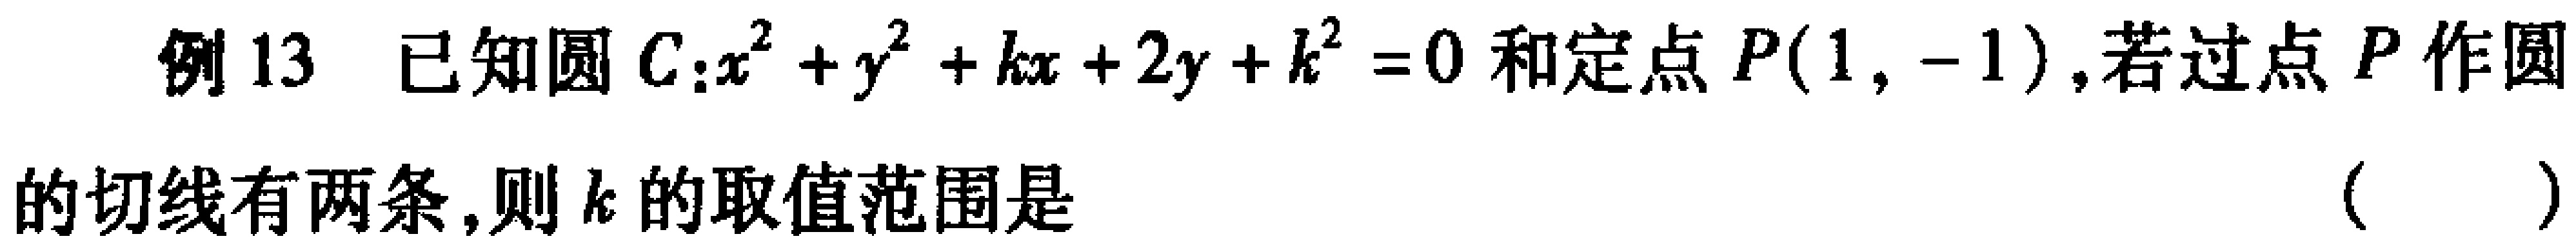
例13 已知圆\(C:x^{2}+y^{2}+kx + 2y + k^{2}=0\)和定点\(P(1,-1)\),若过点\(P\)作圆的切线有两条,则\(k\)的取值范围是（  ）